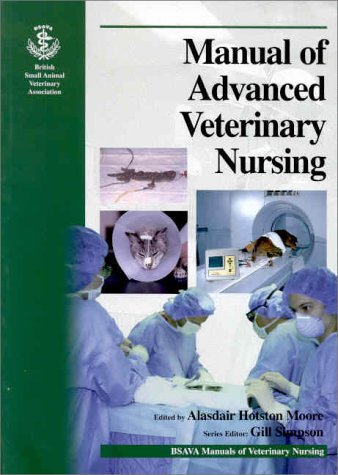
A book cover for Manual of Advanced Veterinary Nursing; Medical Books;